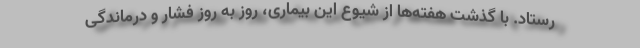
رستاد. با گذشت هفته‌ها از شیوع این بیماری، روز به روز فشار و درماندگی